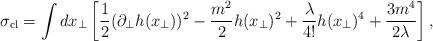
LaTeX: \begin{align*}\sigma_{\rm cl}= \int dx_{\bot} \left[ \frac{1}{2}(\partial_{\bot} h(x_{\bot}) )^2 -\frac{m^2}{2} h(x_{\bot})^2+\frac{\lambda}{4!} h(x_{\bot})^4 +\frac{3 m^4}{2 \lambda} \right],\end{align*}